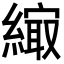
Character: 𦄎